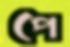
পে